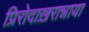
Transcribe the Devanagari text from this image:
प्रिरोदाख़रान्नाया